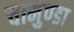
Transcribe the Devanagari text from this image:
चामुण्‍डा